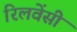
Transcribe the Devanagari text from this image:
रिलवेंसी